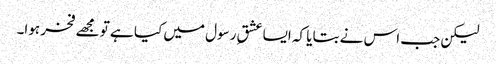
لیکن جب اس نے بتایا کہ ایسا عشقِ رسول میں کیا ہے تو مجھے فخر ہوا۔